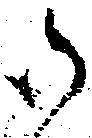
御